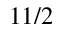
1 1 / 2